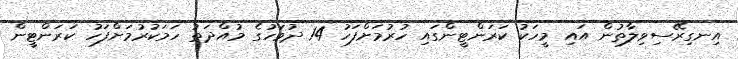
އިނގިރޭސިވިލާތުން އައި މީހަކު ކަރަންޓީންގައި ހުރުމަށްފަހު 14 ދުވަހުގެ މުއްދަތު ހަމަކުރުމަށްފަހު ކަރަންޓީން